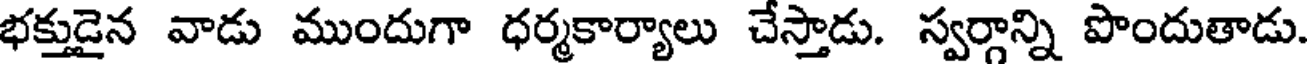
భక్తుడైన వాడు ముందుగా ధర్మకార్యాలు చేస్తాడు. స్వర్గాన్ని పొందుతాడు.